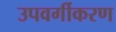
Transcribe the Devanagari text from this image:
उपवर्गीकरण